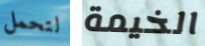
لتحمل الخيمة